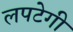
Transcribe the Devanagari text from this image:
लपटेगी